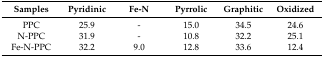
| Samples | Pyridinic | Fe-N | Pyrrolic | Graphitic | Oxidized |
 | --- | --- | --- | --- | --- | --- |
 | PPC | 25.9 | - | 15.0 | 34.5 | 24.6 |
 | N-PPC | 31.9 | - | 10.8 | 32.2 | 25.1 |
 | Fe-N-PPC | 32.2 | 9.0 | 12.8 | 33.6 | 12.4 |